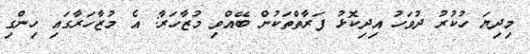
މިދިޔަ ހުކުރު ދުވަހު އިދިކޮޅު ފަރާތްތަކުން ބޭއްވި މުޒާހަރާ: އެ މުޒާހަރާގައި ހިންގި